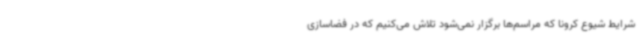
شرایط شیوع کرونا که مراسم‌ها برگزار نمی‌شود تلاش می‌کنیم که در فضاسازی